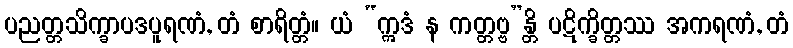
ပညတ္တသိက္ခာပဒပူရဏံ, တံ စာရိတ္တံ။ ယံ “ဣဒံ န ကတ္တဗ္ဗ”န္တိ ပဋိက္ခိတ္တဿ အကရဏံ, တံ